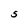
Character: S